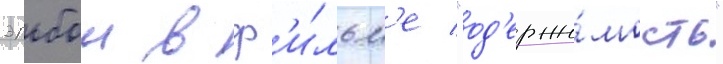
эльбои в ф'и́льм'е "од'ержи́мость"